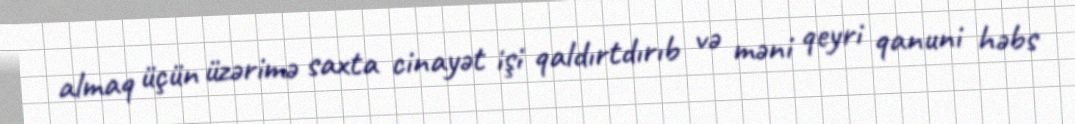
almaq üçün üzərimə saxta cinayət işi qaldırtdırıb və məni qeyri qanuni həbs